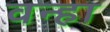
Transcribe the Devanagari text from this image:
वन्हा